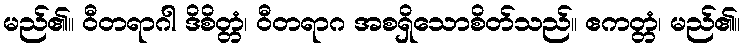
မည်၏။ ဝီတရာဂါ ဒိစိတ္တံ၊ ဝီတရာဂ အစရှိသောစိတ်သည်။ ဧကတ္တံ၊ မည်၏။